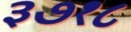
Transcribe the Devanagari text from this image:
३७१८